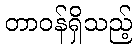
တာဝန်ရှိသည့်